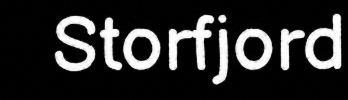
Storfjord